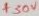
Text: +30V